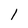
Character: 1